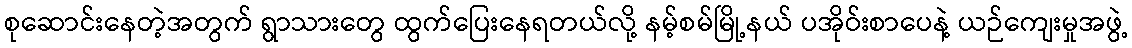
စုဆောင်းနေတဲ့အတွက် ရွာသားတွေ ထွက်ပြေးနေရတယ်လို့ နမ့်စမ်မြို့နယ် ပအိုဝ်းစာပေနဲ့ ယဉ်ကျေးမှုအဖွဲ့